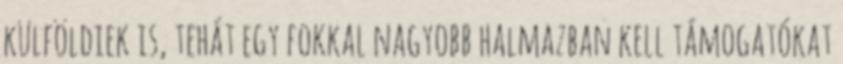
külföldiek is, tehát egy fokkal nagyobb halmazban kell támogatókat